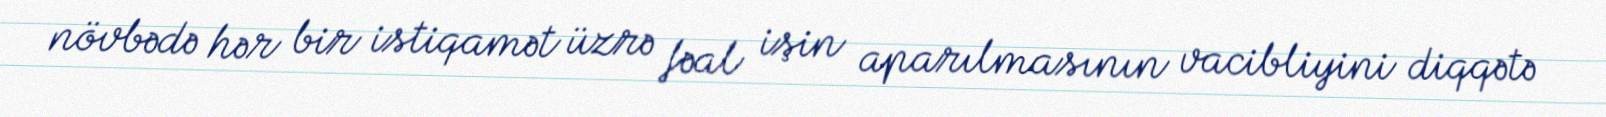
növbədə hər bir istiqamət üzrə fəal işin aparılmasının vacibliyini diqqətə